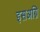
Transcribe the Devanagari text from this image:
इसअग्नि